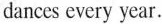
dances every year.